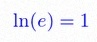
\ln(e)=1